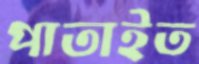
পাতাইত